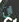
ان